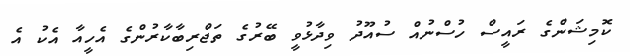
ކޮމިޝަންގެ ރައީސް ހުސްނުއް ސުއޫދު ވިދާޅުވީ ބޭރުގެ ތަޖްރިބާކާރުންގެ އެހީއާ އެކު އެ